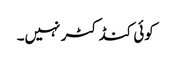
کوئی کنڈکٹر نہیں۔